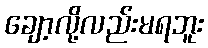
ချော့လို့လည်းမရဘူး